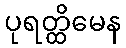
ပုရတ္ထိမေန